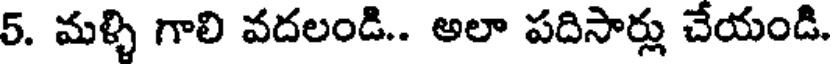
5. మళ్ళి గాలి వదలండి.. అలా పదిసార్లు చేయండి.